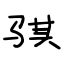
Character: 骐